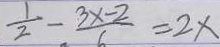
\frac { 1 } { 2 } - \frac { 3 x - 2 } { 6 } = 2 x